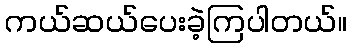
ကယ်ဆယ်ပေးခဲ့ကြပါတယ်။